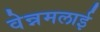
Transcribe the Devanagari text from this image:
वेन्नमलाई